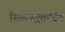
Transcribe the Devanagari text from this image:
रिकन्स्ट्रकटिंग